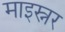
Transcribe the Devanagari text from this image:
माइस्नर